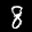
Label: 8